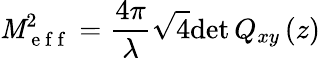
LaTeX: \mathit{M}_{\mathrm{{~e~f~f~}}}^{2}=\frac{{4\pi}}{{\lambda}}\sqrt{{4}}{{\operatorname*{det}Q_{xy}\left(z\right)}}